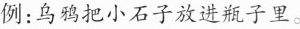
例：乌鸦把小石子放进瓶子里。